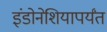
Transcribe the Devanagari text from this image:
इंडोनेशियापर्यंत